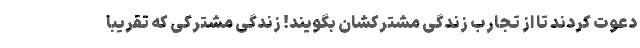
دعوت کردند تا از تجارب زندگی مشترکشان بگویند! زندگی مشترکی که تقریبا